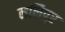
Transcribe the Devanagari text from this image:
ललिपुर